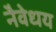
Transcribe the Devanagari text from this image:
नैवेधय